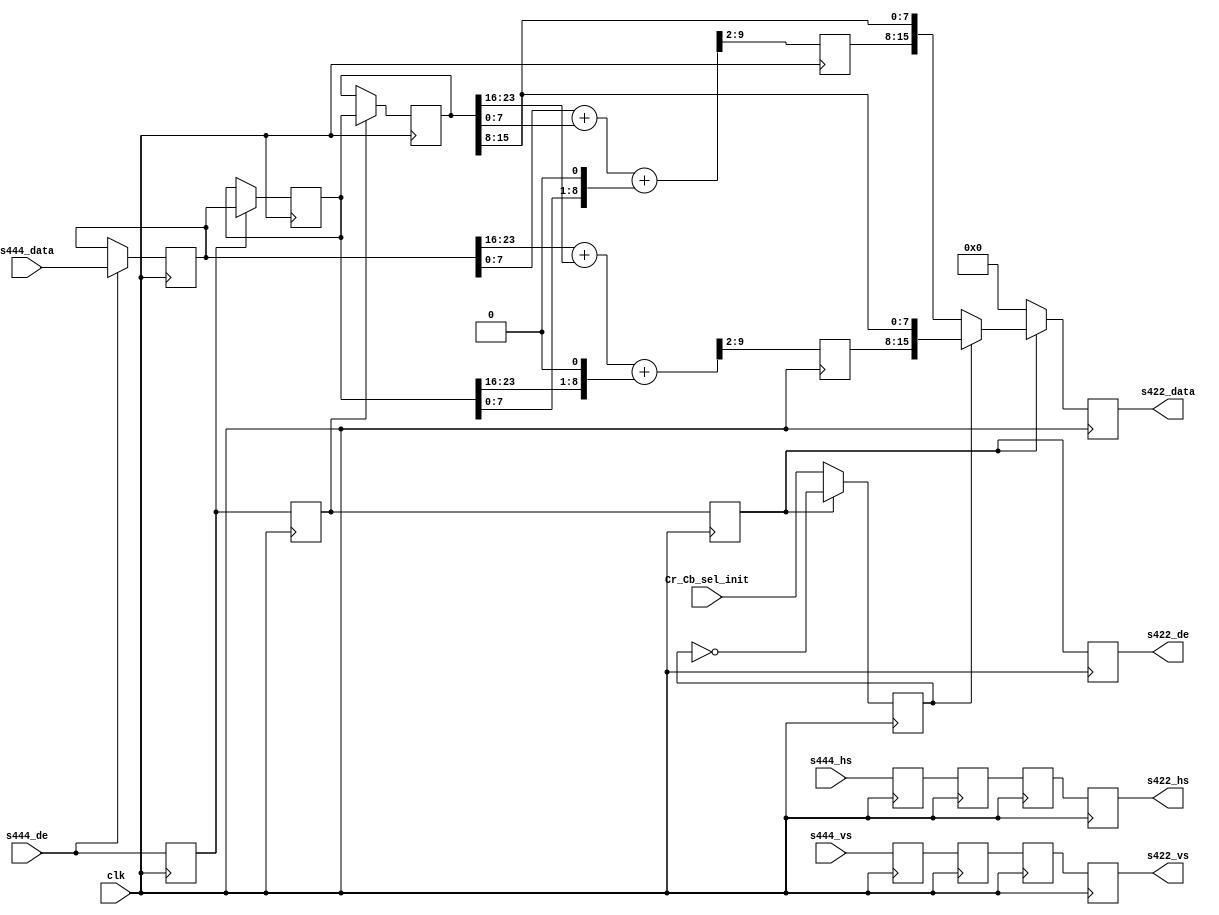
// ***************************************************************************
// ***************************************************************************
// Copyright 2011(c) Analog Devices, Inc.
// 
// All rights reserved.
// 
// Redistribution and use in source and binary forms, with or without modification,
// are permitted provided that the following conditions are met:
//     - Redistributions of source code must retain the above copyright
//       notice, this list of conditions and the following disclaimer.
//     - Redistributions in binary form must reproduce the above copyright
//       notice, this list of conditions and the following disclaimer in
//       the documentation and/or other materials provided with the
//       distribution.
//     - Neither the name of Analog Devices, Inc. nor the names of its
//       contributors may be used to endorse or promote products derived
//       from this software without specific prior written permission.
//     - The use of this software may or may not infringe the patent rights
//       of one or more patent holders.  This license does not release you
//       from the requirement that you obtain separate licenses from these
//       patent holders to use this software.
//     - Use of the software either in source or binary form, must be run
//       on or directly connected to an Analog Devices Inc. component.
//    
// THIS SOFTWARE IS PROVIDED BY ANALOG DEVICES "AS IS" AND ANY EXPRESS OR IMPLIED WARRANTIES,
// INCLUDING, BUT NOT LIMITED TO, NON-INFRINGEMENT, MERCHANTABILITY AND FITNESS FOR A
// PARTICULAR PURPOSE ARE DISCLAIMED.
//
// IN NO EVENT SHALL ANALOG DEVICES BE LIABLE FOR ANY DIRECT, INDIRECT, INCIDENTAL, SPECIAL,
// EXEMPLARY, OR CONSEQUENTIAL DAMAGES (INCLUDING, BUT NOT LIMITED TO, INTELLECTUAL PROPERTY
// RIGHTS, PROCUREMENT OF SUBSTITUTE GOODS OR SERVICES; LOSS OF USE, DATA, OR PROFITS; OR 
// BUSINESS INTERRUPTION) HOWEVER CAUSED AND ON ANY THEORY OF LIABILITY, WHETHER IN CONTRACT,
// STRICT LIABILITY, OR TORT (INCLUDING NEGLIGENCE OR OTHERWISE) ARISING IN ANY WAY OUT OF 
// THE USE OF THIS SOFTWARE, EVEN IF ADVISED OF THE POSSIBILITY OF SUCH DAMAGE.
// ***************************************************************************
// ***************************************************************************
// ***************************************************************************
// ***************************************************************************
// Input must be RGB or CrYCb in that order, output is CrY/CbY

module cf_ss_444to422 (

  // 444 inputs

  clk,
  s444_vs,
  s444_hs,
  s444_de,
  s444_data,

  // 422 outputs

  s422_vs,
  s422_hs,
  s422_de,
  s422_data,

  // change to switch Cr/Cb sel (0-> Cb first, 1-> Cr first)

  Cr_Cb_sel_init);

  input           clk;
  input           s444_vs;
  input           s444_hs;
  input           s444_de;
  input   [23:0]  s444_data;

  output          s422_vs;
  output          s422_hs;
  output          s422_de;
  output  [15:0]  s422_data;

  input           Cr_Cb_sel_init;

  reg             s444_vs_d = 'd0;
  reg             s444_hs_d = 'd0;
  reg             s444_de_d = 'd0;
  reg     [23:0]  s444_data_d = 'd0;
  reg             s444_vs_2d = 'd0;
  reg             s444_hs_2d = 'd0;
  reg             s444_de_2d = 'd0;
  reg     [23:0]  s444_data_2d = 'd0;
  reg             s444_vs_3d = 'd0;
  reg             s444_hs_3d = 'd0;
  reg             s444_de_3d = 'd0;
  reg     [23:0]  s444_data_3d = 'd0;
  reg     [ 7:0]  Cr = 'd0;
  reg     [ 7:0]  Cb = 'd0;
  reg             Cr_Cb_sel = 'd0;
  reg             s422_vs = 'd0;
  reg             s422_hs = 'd0;
  reg             s422_de = 'd0;
  reg     [15:0]  s422_data = 'd0;

  wire    [23:0]  s444_data_s;
  wire    [23:0]  s444_data_d_s;
  wire    [23:0]  s444_data_2d_s;
  wire    [ 9:0]  Cr_s;
  wire    [ 9:0]  Cb_s;

  // Fill the data pipe lines, hold the last data on edges 

  assign s444_data_s = (s444_de == 1'b1) ? s444_data : s444_data_d;
  assign s444_data_d_s = (s444_de_d == 1'b1) ? s444_data_d : s444_data_2d;
  assign s444_data_2d_s = (s444_de_2d == 1'b1) ? s444_data_2d : s444_data_3d;

  always @(posedge clk) begin
    s444_vs_d <= s444_vs;
    s444_hs_d <= s444_hs;
    s444_de_d <= s444_de;
    s444_data_d <= s444_data_s;
    s444_vs_2d <= s444_vs_d;
    s444_hs_2d <= s444_hs_d;
    s444_de_2d <= s444_de_d;
    s444_data_2d <= s444_data_d_s;
    s444_vs_3d <= s444_vs_2d;
    s444_hs_3d <= s444_hs_2d;
    s444_de_3d <= s444_de_2d;
    s444_data_3d <= s444_data_2d_s;
  end

  // Get the average 0.4*S(n-1) + 0.2*S(n) + 0.2*S(n+1)

  assign Cr_s = {2'd0, s444_data_d[23:16]} + {2'd0, s444_data_3d[23:16]} +
    {1'd0, s444_data_2d[23:16], 1'd0};

  assign Cb_s = {2'd0, s444_data_d[7:0]} + {2'd0, s444_data_3d[7:0]} +
    {1'd0, s444_data_2d[7:0], 1'd0};

  always @(posedge clk) begin
    Cr <= Cr_s[9:2];
    Cb <= Cb_s[9:2];
    if (s444_de_3d == 1'b1) begin
      Cr_Cb_sel <= ~Cr_Cb_sel;
    end else begin
      Cr_Cb_sel <= Cr_Cb_sel_init;
    end
  end

  // 422 outputs

  always @(posedge clk) begin
    s422_vs <= s444_vs_3d;
    s422_hs <= s444_hs_3d;
    s422_de <= s444_de_3d;
    if (s444_de_3d == 1'b0) begin
      s422_data <= 'd0;
    end else if (Cr_Cb_sel == 1'b1) begin
      s422_data <= {Cr, s444_data_3d[15:8]};
    end else begin
      s422_data <= {Cb, s444_data_3d[15:8]};
    end
  end

endmodule

// ***************************************************************************
// ***************************************************************************